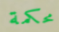
محكمة